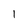
Character: 1